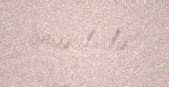
önündədir”.